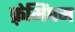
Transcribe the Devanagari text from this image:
फ़्रेमिंघम